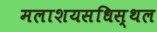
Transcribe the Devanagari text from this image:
मलाशयसधिस्थल